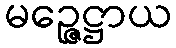
မဉ္ဇေဋ္ဌာယ